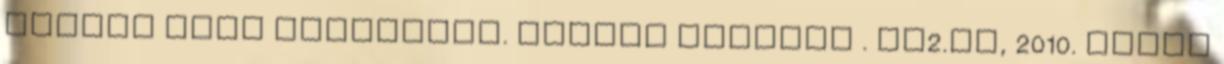
tények című műsorában. magyar nyelven . tv2.hu, 2010. május